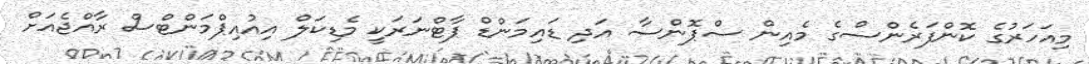
މިއަހަރުގެ ކޮންފަރެންސްގެ މެއިން ސްޕޮންސާ އަދި ޑައިމަންޑް ޕާޓްނަރަކީ މެޑިކަލް އިއުއިޕްމަންޓްސް ރާއްޖެއަށް